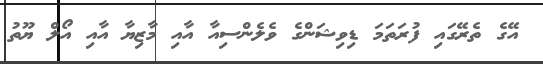
އޭގެ ތެރޭގައި ފުރަތަމަ ޑިވިޝަންގެ ވެލެންސިއާ އާއި މާޒިޔާ އާއި އޯލް ޔޫތު